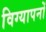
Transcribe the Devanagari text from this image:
विग्यापनों